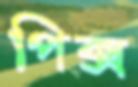
পিক্স